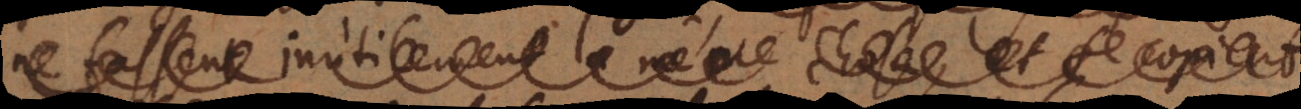
ne fassent inutilement la même chose, et se copient